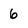
Character: 6